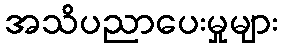
အသိပညာပေးမှုများ